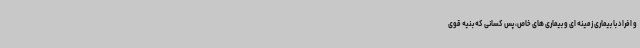
و افراد با بیماری زمینه ای و بیماری های خاص، پس کسانی که بنیه قوی